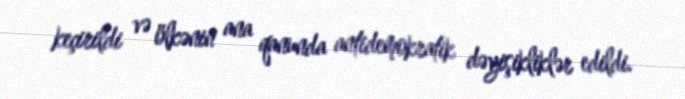
keçirildi və ölkənin ana qanunda antidemokratik dəyişikliklər edildi.